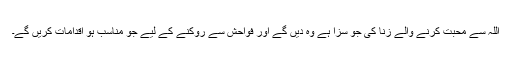
اللہ سے محبت کرنے والے زنا کی جو سزا ہے وہ دیں گے اور فواحش سے روکنے کے لیے جو مناسب ہو اقدامات کریں گے۔